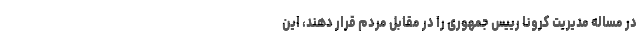
در مساله مدیریت کرونا رییس‌ جمهوری را در مقابل مردم قرار دهند، این